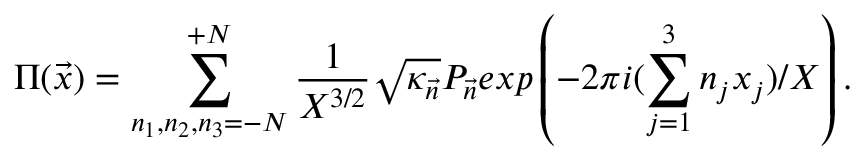
\Pi ( { \vec { x } } ) = \sum _ { n _ { 1 } , n _ { 2 } , n _ { 3 } = - N } ^ { + N } \frac { 1 } { X ^ { 3 / 2 } } { \sqrt { \kappa _ { \vec { n } } } } P _ { \vec { n } } e x p \left( - 2 \pi i ( \sum _ { j = 1 } ^ { 3 } n _ { j } x _ { j } ) / X \right) .